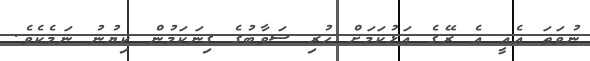
ނުވަތަ އެއީ އެ ރޭގެ އަޅުކަމަށް ހުރި ސަވާބުގެ ގިނަކަމުން ކިޔުނު ނަމެކެވެ.